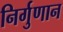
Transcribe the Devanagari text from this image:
निर्गुणान